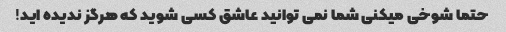
حتما شوخی میکنی شما نمی توانید عاشق کسی شوید که هرگز ندیده اید!